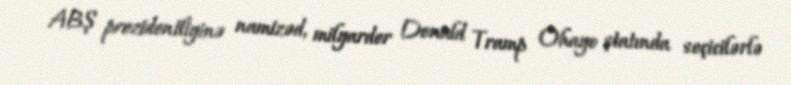
ABŞ prezidentliyinə namizəd, milyarder Donald Tramp Ohayo ştatında seçicilərlə